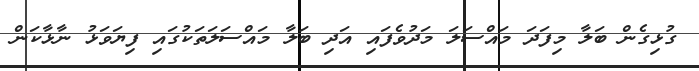
ގުޅިގެން ބަލާ މިފަދަ މައްސަލަ މަދުވެފައި އަދި ބަލާ މައްސަލަތަކުގައި ފިޔަވަޅު ނާޅާކަން